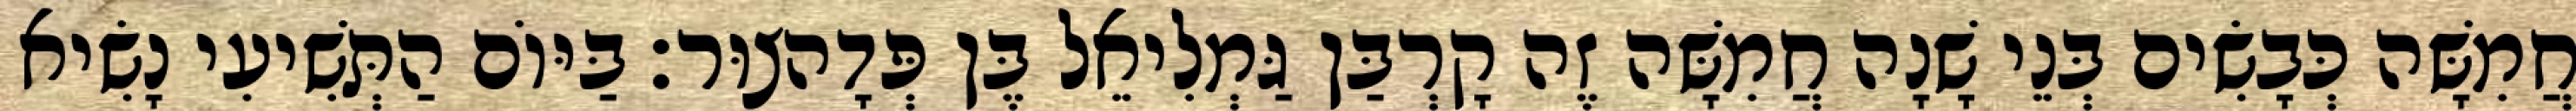
חֲמִשָּׁה כְּבָשִׂים בְּנֵי שָׁנָה חֲמִשָּׁה זֶה קָרְבַּן גַּמְלִיאֵל בֶּן פְּדָהצוּר׃ בַּיּוֹם הַתְּשִׁיעִי נָשִׂיא